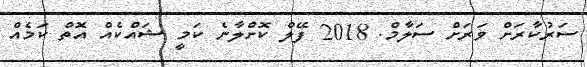
ސަރުކާރަށް ވަރަށް ސަލާމް. 2018 ފޭލް ކޮށްލާނެ ކަމީ ޝައްކެއް އޮތް ކަމެއް